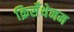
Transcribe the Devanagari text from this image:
क्रिसँथेमम